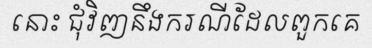
នោះ ជុំវិញនឹងករណីដែលពួកគេ